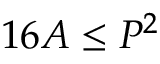
1 6 A \leq P ^ { 2 }